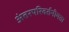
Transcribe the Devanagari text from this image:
अंतरपरिवर्तनीयता